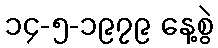
၁၄-၅-၁၉၇၉ နေ့စွဲ